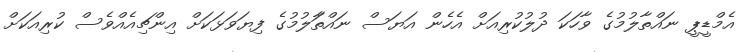
އެމްޑީޕީ ނައްތާލުމުގެ ވާހަކަ ދުލުކުރިއަށް އެހެން އަޔަސް ނައްތާަލުމުގެ ފިޔަވަޅަކަށް އިންޗިއެއްވެސް ކުރިއަކަށް